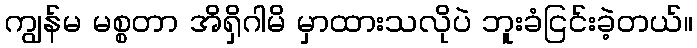
ကျွန်မ မစ္စတာ အိရှိဂါမိ မှာထားသလိုပဲ ဘူးခံငြင်းခဲ့တယ်။